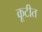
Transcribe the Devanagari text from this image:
कूटीत